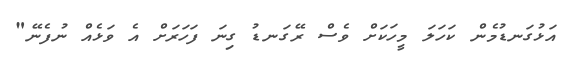
އަޅުގަނޑުމެން ކަހަލަ މީހަކަށް ވެސް ރޭގަނޑު ގިނަ ފަހަރަށް އެ ވަޅެއް ނުފެނޭ"